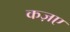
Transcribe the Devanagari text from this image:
कज़ए